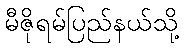
မီဇိုရမ်ပြည်နယ်သို့